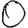
Digit: 0